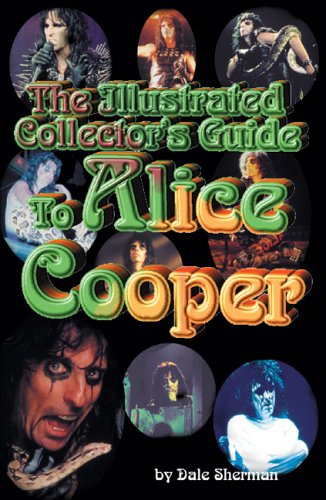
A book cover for The Illustrated Collector's Guide to Alice Cooper; Dale Sherman; Humor & Entertainment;